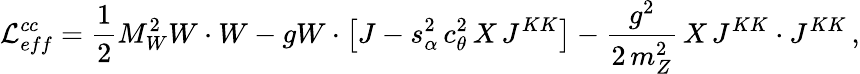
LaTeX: {\mathcal L}_{eff}^{cc}=\frac{1}{2}M_{W}^{2}W\cdot W-gW\cdot\left[J-s_{\alpha}^{2}\, c_{\theta}^{2}\, X\, J^{KK}\right]-\frac{g^{2}}{2\, m_{Z}^{2}}\, X\, J^{KK}\cdot J^{KK}\, ,